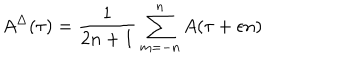
A ^ { \Delta } ( \tau ) = \frac { 1 } { 2 n + 1 } \sum _ { m = - n } ^ { n } A ( \tau + \epsilon n )